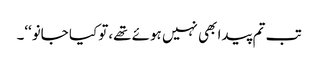
تب تم پیدا بھی نہیں ہوئے تھے،تو کیا جانو‘‘۔